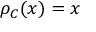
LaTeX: \rho _ { C } ( x ) = x